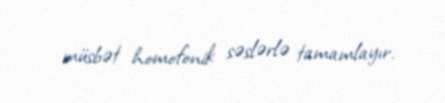
müsbət homofonik səslərlə tamamlayır.